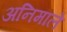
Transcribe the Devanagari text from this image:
अनिमाले